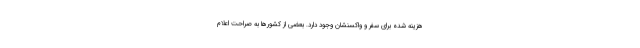
هزینه شده برای سفر و واکسنشان وجود دارد. بعضی از کشورها به صراحت اعلام